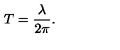
T = \frac { \lambda } { 2 \pi } .